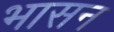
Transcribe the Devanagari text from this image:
भासन